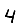
Digit: 4